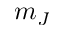
m _ { J }